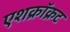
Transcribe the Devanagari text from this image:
एशक्रॉक्रट